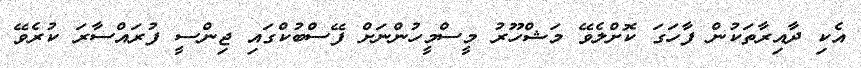
އެކި ދާއިރާތަކުން ފާހަގަ ކޮށްލެވޭ މަޝްހޫރު މީސްމީހުންނަށް ފޭސްބުކްގައި ޖިންސީ ފުރައްސާރަ ކުރެވޭ